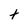
Character: t